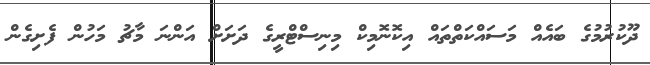
ދޫކުރުމުގެ ބައެއް މަސައްކަތްތައް އިކޮނޮމިކް މިނިސްޓްރީގެ ދަށަށް އަންނަ މާޗު މަހުން ފެށިގެން